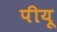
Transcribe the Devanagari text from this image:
पीयू